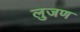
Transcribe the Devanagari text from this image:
लुजण